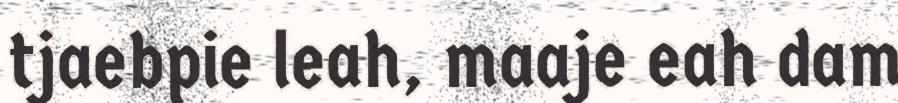
tjaebpie leah, maaje eah dam